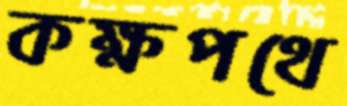
কক্ষপথে